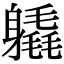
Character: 𨊉